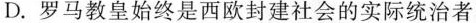
D.罗马教皇始终是西欧封建社会的实际统治者